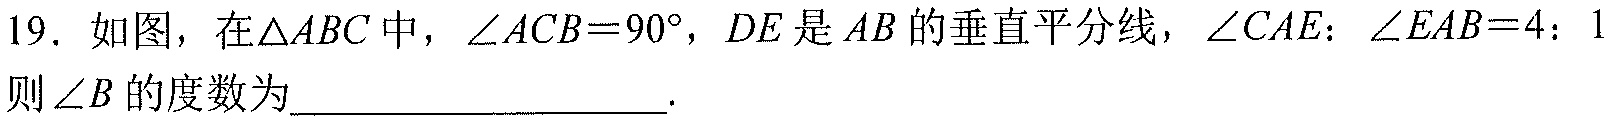
19. 如图，在\(\triangle ABC\)中，\(\angle ACB = 90^{\circ}\)，\(DE\)是\(AB\)的垂直平分线，\(\angle CAE\)：\(\angle EAB = 4\)：\(1\)则\(\angle B\)的度数为________________.